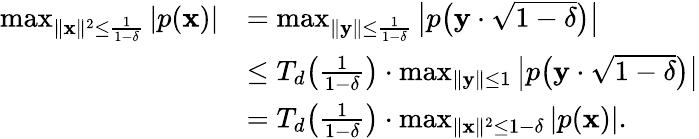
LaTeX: \begin{array}{rl}{\operatorname*{max}_{\| \mathbf{x}\| ^{2}\leq\frac{1}{1-\delta}}|p(\mathbf{x})|}&{=\operatorname*{max}_{\| \mathbf{y}\| \leq\frac{1}{1-\delta}}\big|p\big(\mathbf{y}\cdot\sqrt{1-\delta}\big)\big|}\\ &{\leq T_{d}\big(\frac{1}{1-\delta}\big)\cdot\operatorname*{max}_{\| \mathbf{y}\| \leq 1}\big|p\big(\mathbf{y}\cdot\sqrt{1-\delta}\big)\big|}\\ &{=T_{d}\big(\frac{1}{1-\delta}\big)\cdot\operatorname*{max}_{\| \mathbf{x}\| ^{2}\leq 1-\delta}|p(\mathbf{x})|.}\end{array}